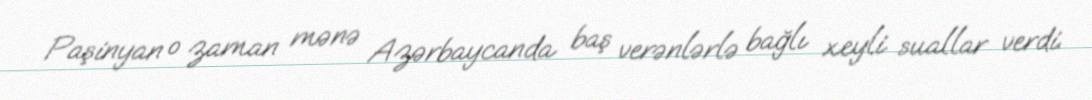
Paşinyan o zaman mənə Azərbaycanda baş verənlərlə bağlı xeyli suallar verdi.